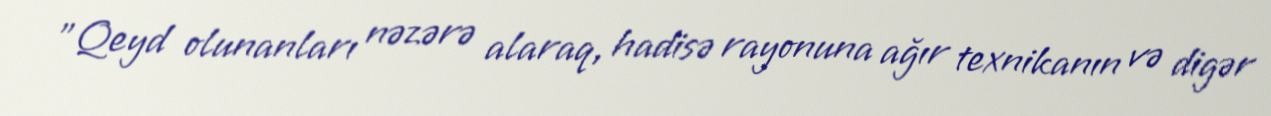
”Qeyd olunanları nəzərə alaraq, hadisə rayonuna ağır texnikanın və digər